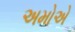
અમોએ